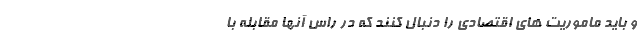
و باید ماموریت های اقتصادی را دنبال کنند که در راس آنها مقابله با